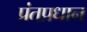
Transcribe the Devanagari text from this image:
प्रंतप्रधान